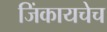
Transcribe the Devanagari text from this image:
जिंकायचेच